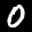
Label: 0